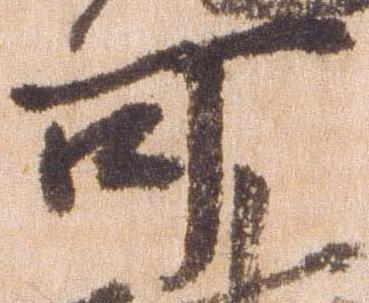
可